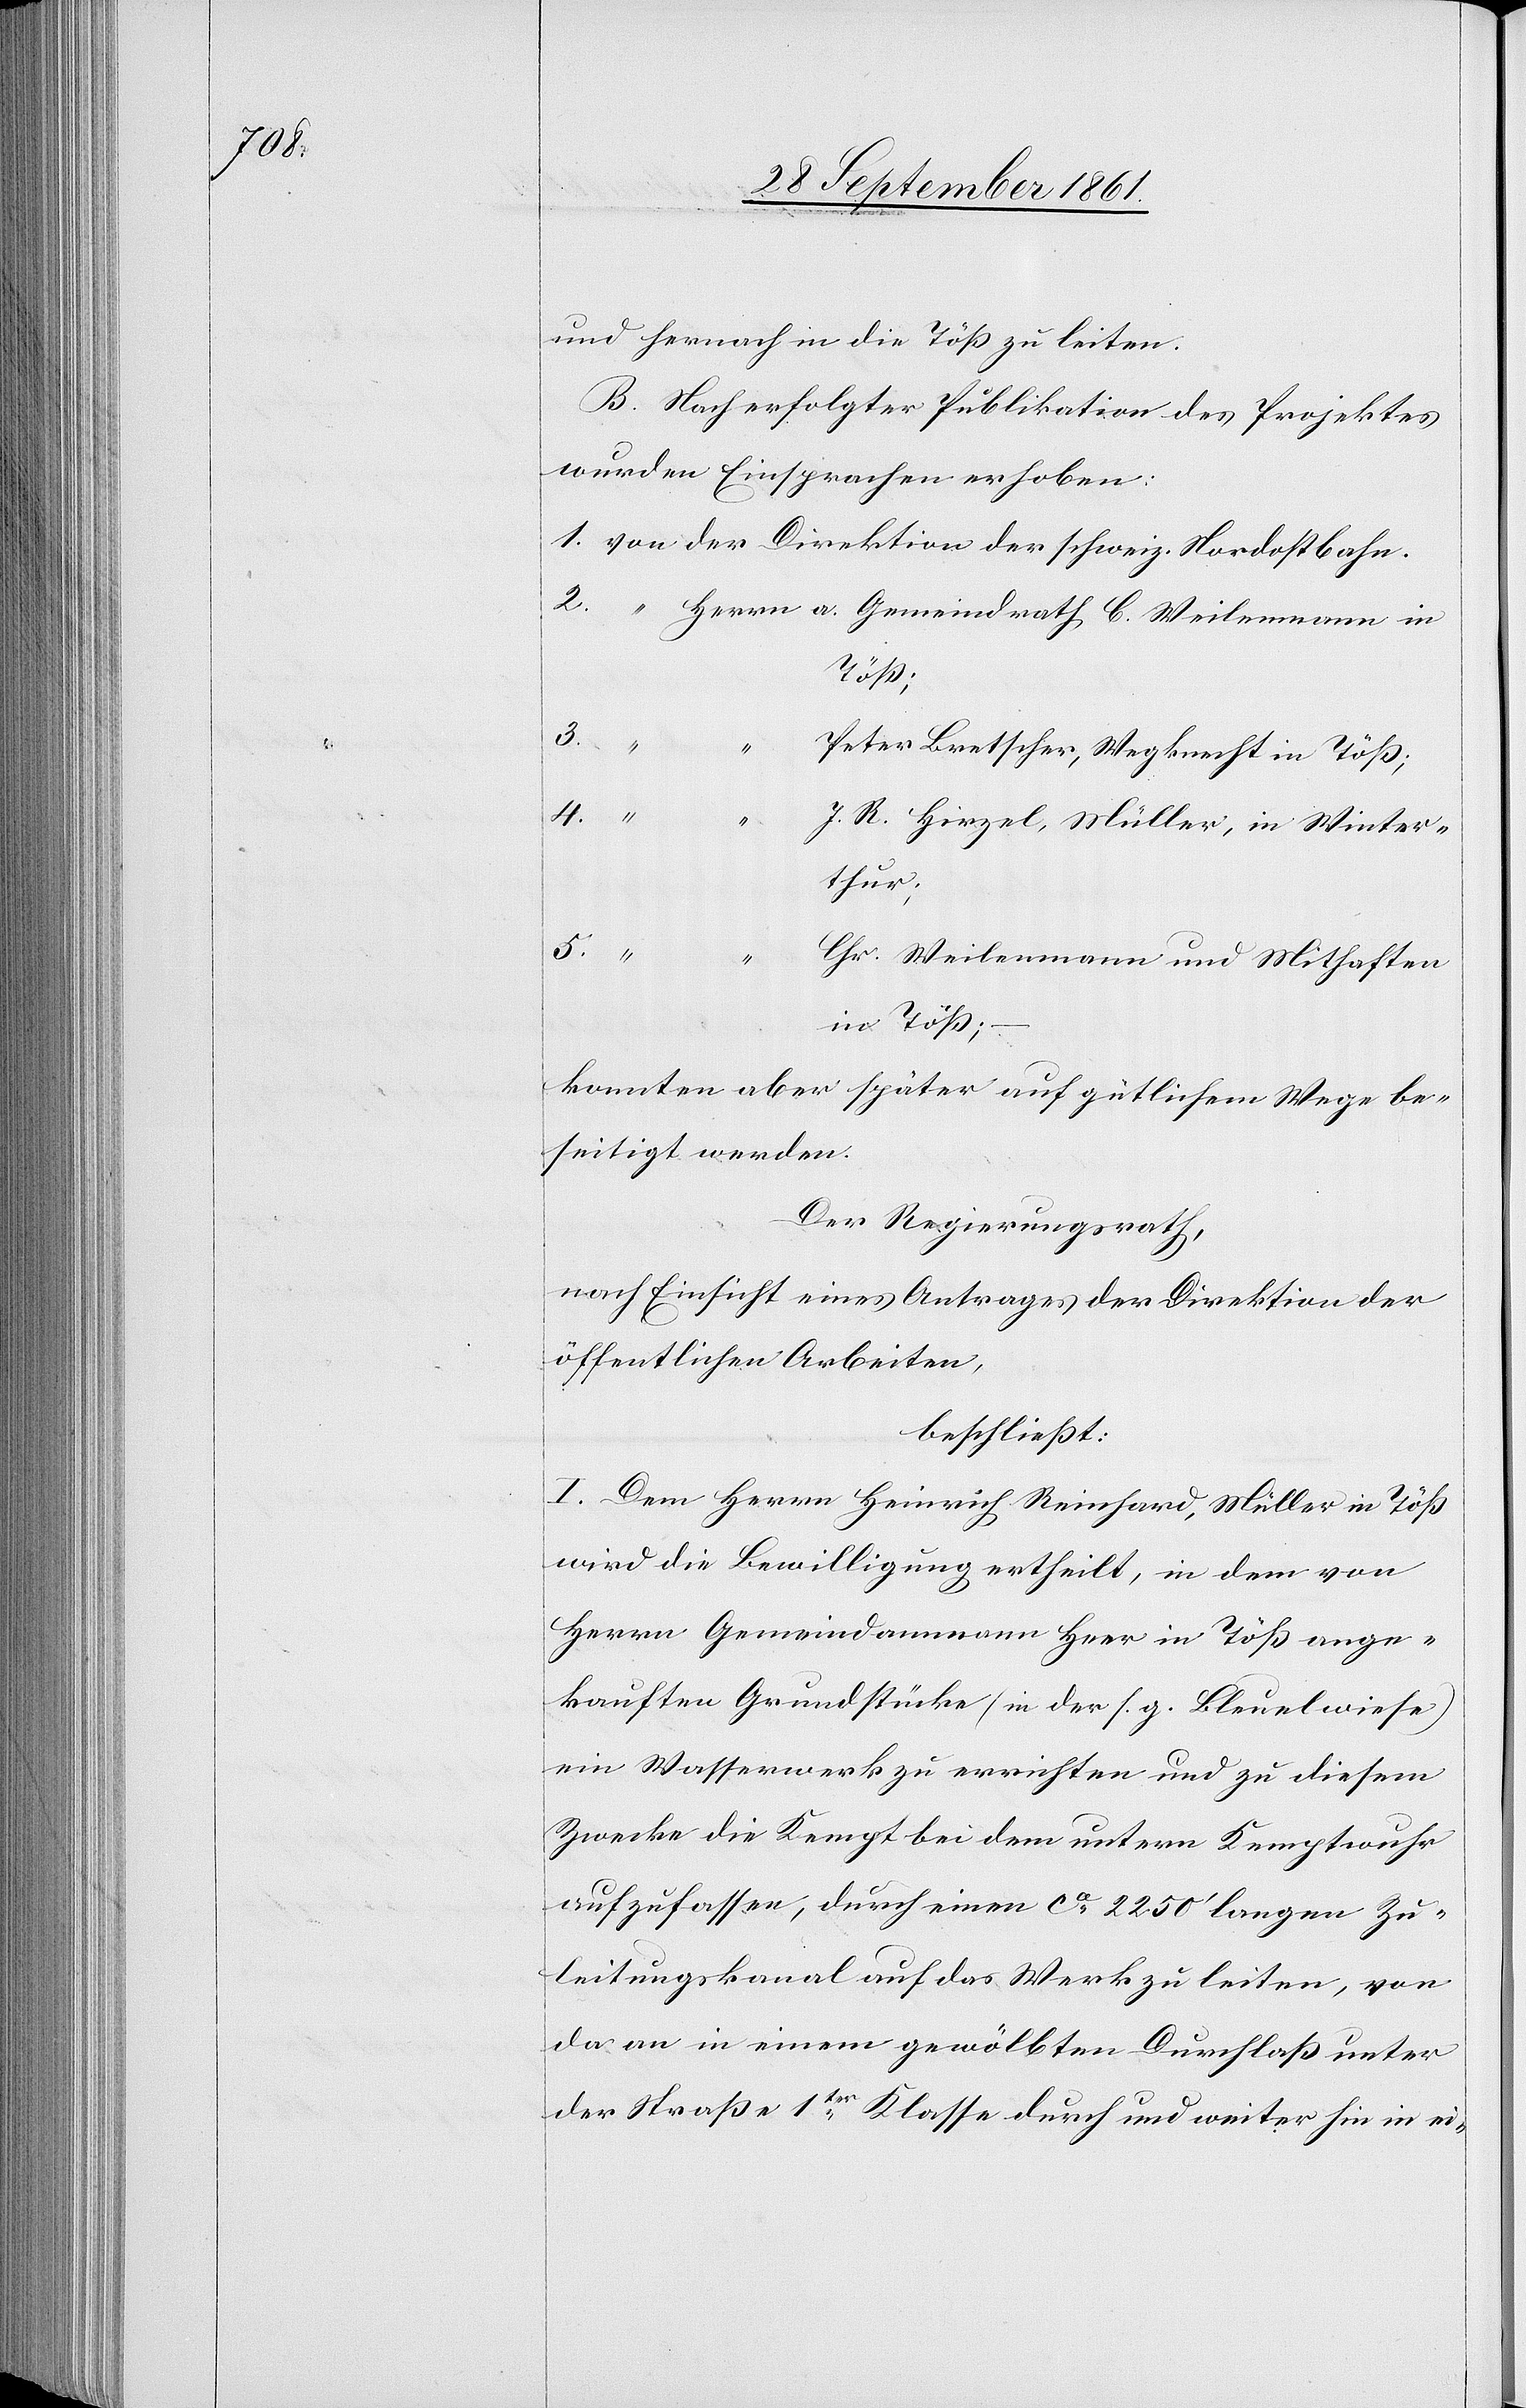
und hernach in die Töß zu leiten.
B. Nach erfolgter Publikation des Projektes
wurden Einsprachen erhoben:
1. von der Direktion der schweiz. Nordostbahn.
2.
Herrn a. Gemeindrath C. Weilenmann in
Töß;
3.
“
Peter Bretscher, Wegknecht in Töß;
4. “
J. R. Hirzel, Müller, in Winter¬
thur;
5. “
Chr. Weilenmann und Mithaften
in Töß,
konnten aber später auf gütlichem Wege be¬
seitigt werden.
Der Regierungsrath,
nach Einsicht eines Antrages der Direktion der
öffentlichen Arbeiten,
beschließt:
I. Dem Herrn Heinrich Reinhard, Müller in Töß
wird die Bewilligung ertheilt, in dem von
Herrn Gemeindammann Heer in Töß ange¬
kauften Grundstücke (in der s. g. Bleuelwiese)
ein Wasserwerk zu errichten und zu diesem
Zwecke die Kempt bei dem untern Kemptwuhr
aufzufassen, durch einen ca 2250’ langen Zu¬
leitungskanal auf das Werk zu leiten, von
da an in einem gewölbten Durchlaß unter
der Straße 1ter Klasse durch und weiter hin in ei-